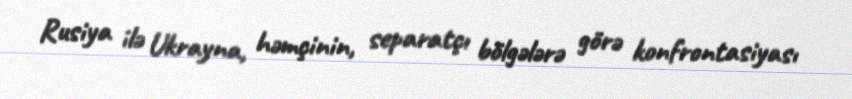
Rusiya ilə Ukrayna, həmçinin, separatçı bölgələrə görə konfrontasiyası